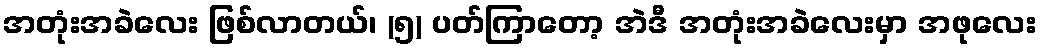
အတုံးအခဲလေး ဖြစ်လာတယ်၊ (၅) ပတ်ကြာတော့ အဲဒီ အတုံးအခဲလေးမှာ အဖုလေး